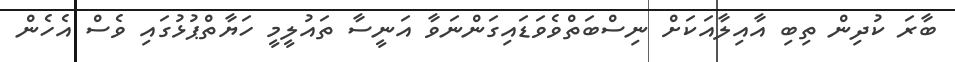
ބާރަ ކުދިން ތިބި އާއިލާއަކަށް ނިސްބަތްވެވަޑައިގަންނަވާ އަނީސާ ތައުލީމީ ހަޔާތްޕުޅުގައި ވެސް އެހެން